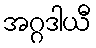
အဂ္ဂဒါယီ